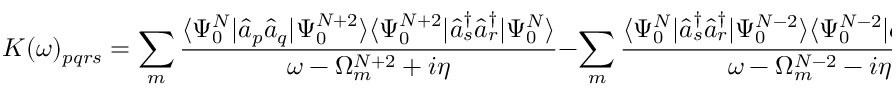
K ( \omega ) _ { p q r s } = \sum _ { m } \frac { \langle \Psi _ { 0 } ^ { N } | \hat { a } _ { p } \hat { a } _ { q } | \Psi _ { 0 } ^ { N + 2 } \rangle \langle \Psi _ { 0 } ^ { N + 2 } | \hat { a } _ { s } ^ { \dagger } \hat { a } _ { r } ^ { \dagger } | \Psi _ { 0 } ^ { N } \rangle } { \omega - \Omega _ { m } ^ { N + 2 } + i \eta } - \sum _ { m } \frac { \langle \Psi _ { 0 } ^ { N } | \hat { a } _ { s } ^ { \dagger } \hat { a } _ { r } ^ { \dagger } | \Psi _ { 0 } ^ { N - 2 } \rangle \langle \Psi _ { 0 } ^ { N - 2 } | \hat { a } _ { p } \hat { a } _ { q } | \Psi _ { 0 } ^ { N } \rangle } { \omega - \Omega _ { m } ^ { N - 2 } - i \eta }